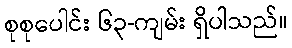
စုစုပေါင်း ၆၃-ကျမ်း ရှိပါသည်။